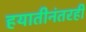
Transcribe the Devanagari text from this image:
हयातीनंतरही